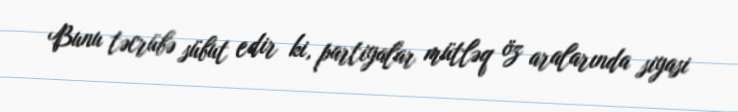
Bunu təcrübə sübut edir ki, partiyalar mütləq öz aralarında siyasi